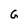
Character: G